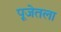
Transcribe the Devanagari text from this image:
पूजेतला